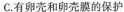
C.有卵壳和卵壳膜的保护